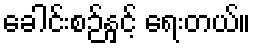
ခေါင်းစဉ်နှင့် ရေးတယ်။